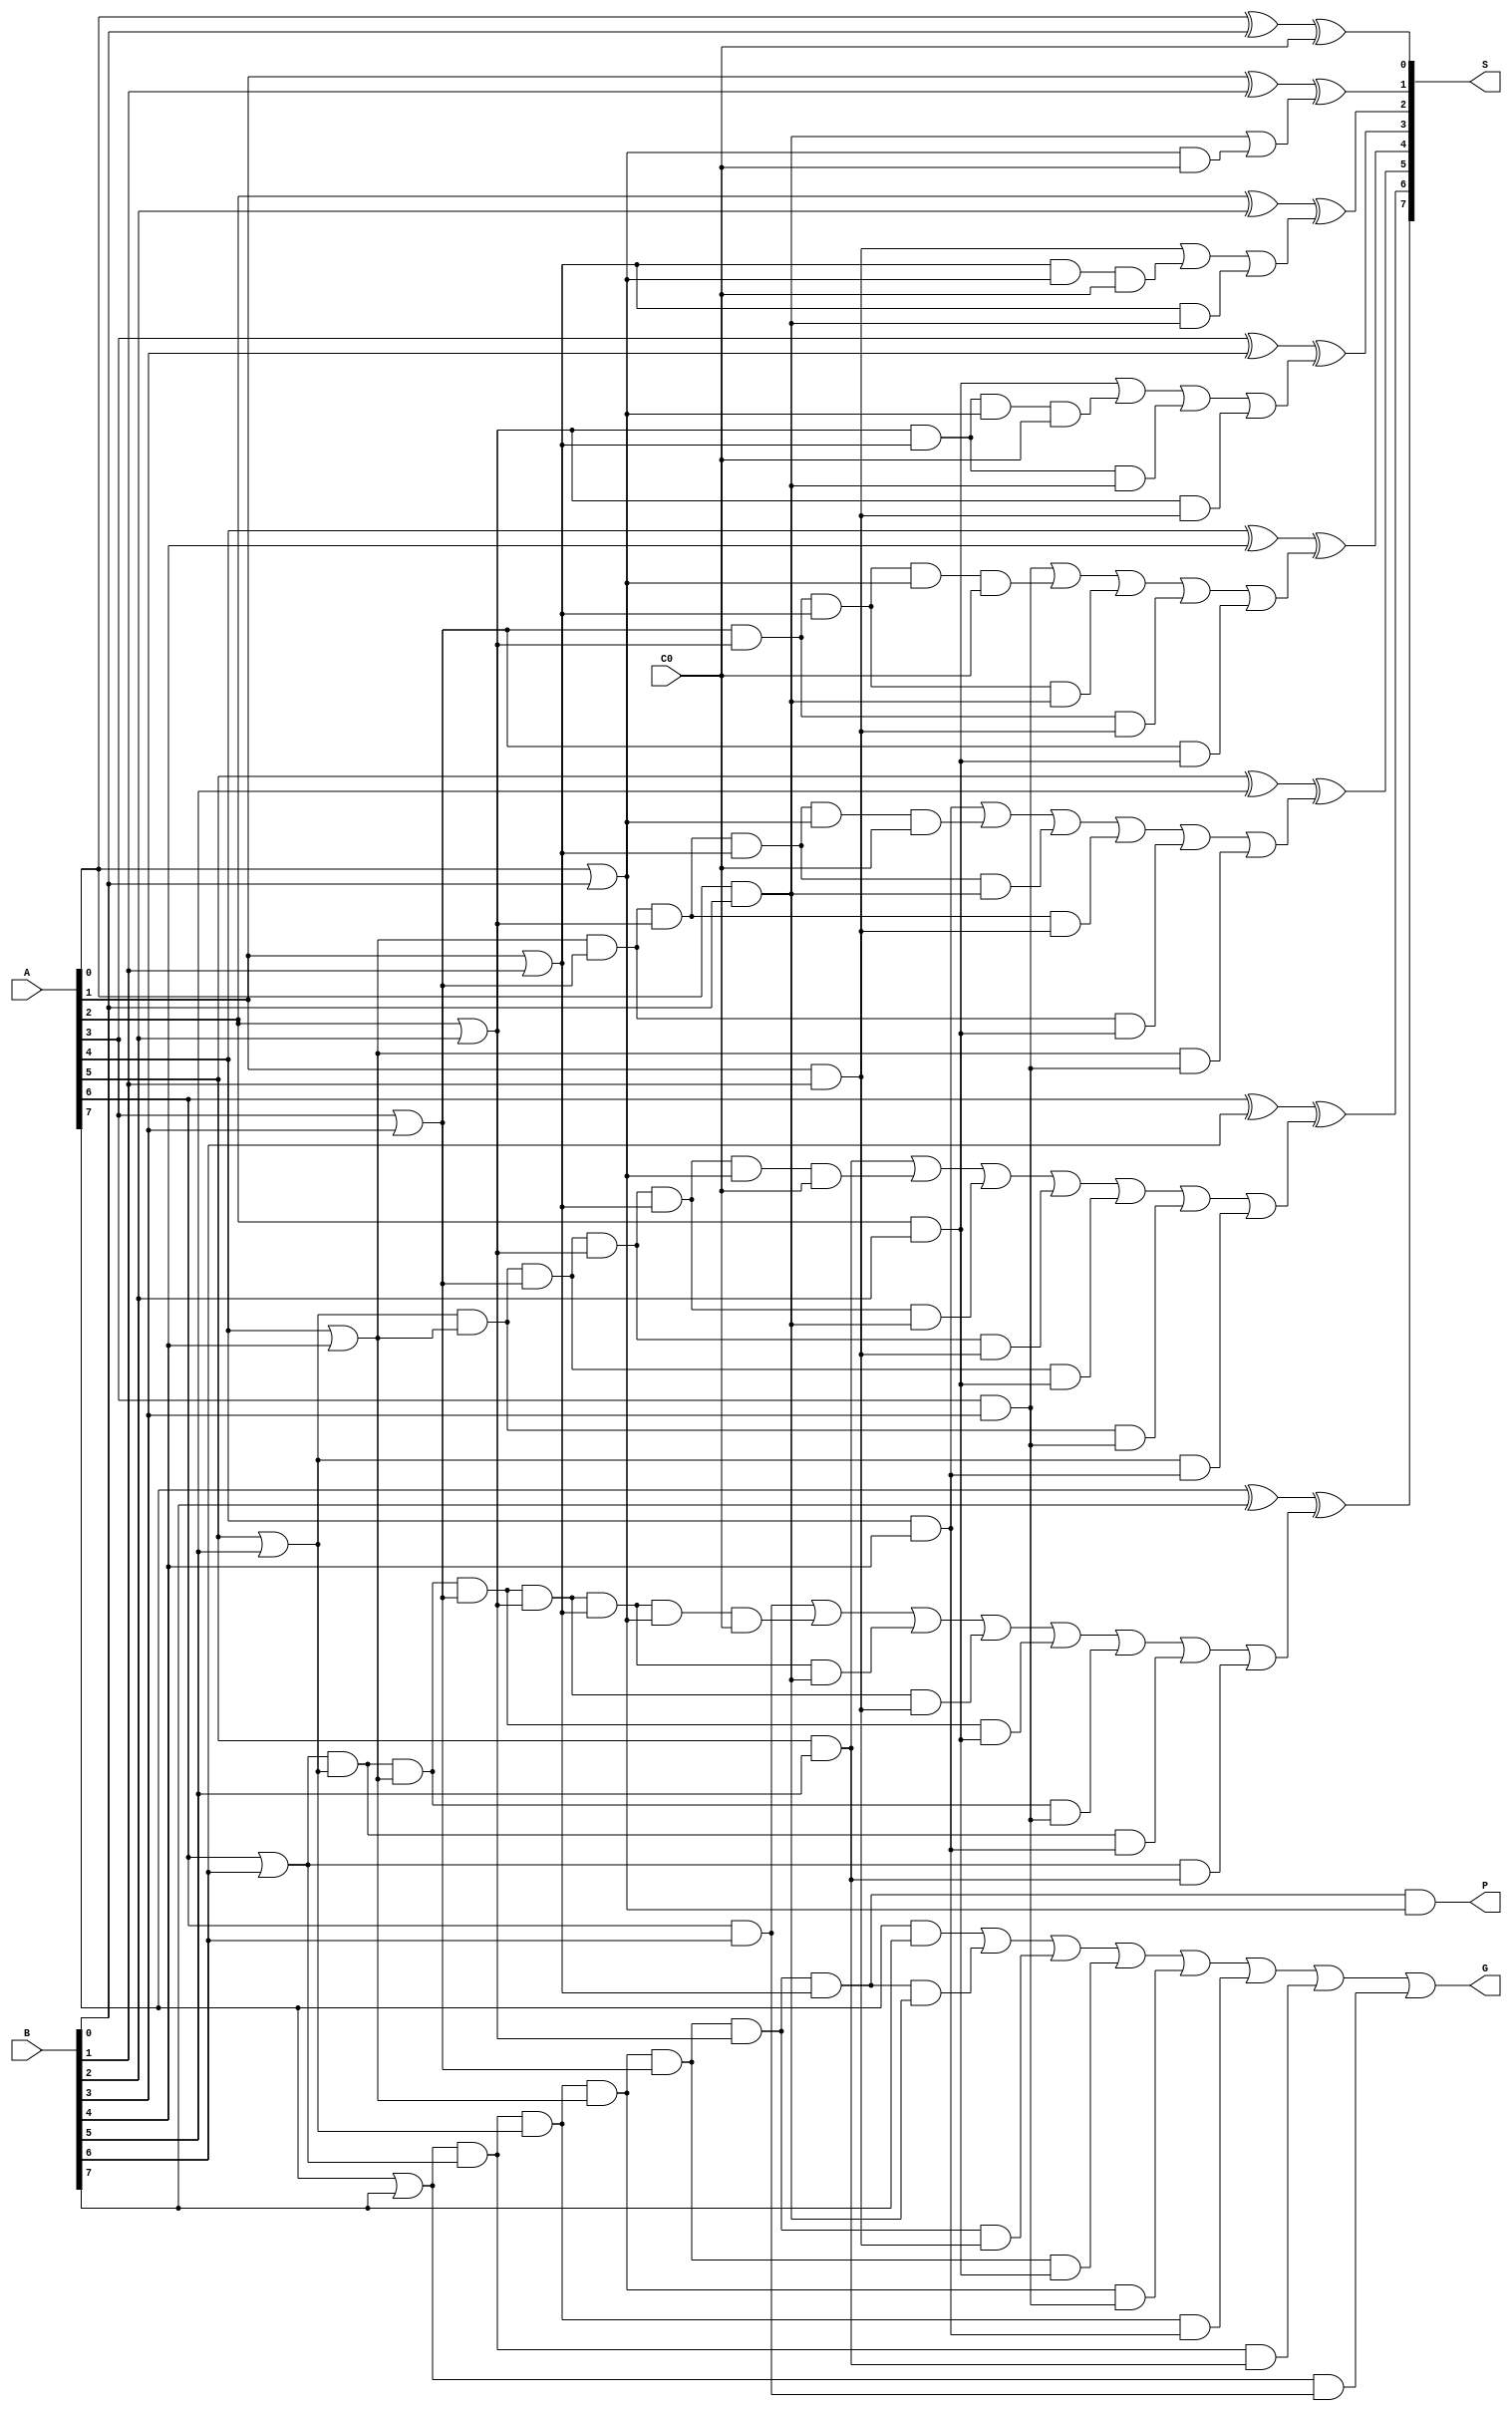
module CLA8(A, B, C0, S, G, P);

    input [7:0] A, B;
    input C0;
    output [7:0] S;
    output G, P;

    wire g0, g1, g2, g3, g4, g5, g6, g7;
    wire p0, p1, p2, p3, p4, p5, p6, p7;
    wire c1, c2, c3, c4, c5, c6, c7;

    and and0(g0, A[0], B[0]);
    and and1(g1, A[1], B[1]);
    and and2(g2, A[2], B[2]);
    and and3(g3, A[3], B[3]);
    and and4(g4, A[4], B[4]);
    and and5(g5, A[5], B[5]);
    and and6(g6, A[6], B[6]);
    and and7(g7, A[7], B[7]);

    or or0(p0, A[0], B[0]);
    or or1(p1, A[1], B[1]);
    or or2(p2, A[2], B[2]);
    or or3(p3, A[3], B[3]);
    or or4(p4, A[4], B[4]);
    or or5(p5, A[5], B[5]);
    or or6(p6, A[6], B[6]);
    or or7(p7, A[7], B[7]);

    wire c1and1;
    and c1_and1(c1and1, p0, C0);
    or end_c1(c1, g0, c1and1);

    wire c2and1, c2and2;
    and c2_and1(c2and1, p1, p0, C0);
    and c2_and2(c2and2, p1, g0);
    or end_c2(c2, g1, c2and1, c2and2);

    wire c3and1, c3and2, c3and3;
    and c3_and1(c3and1, p2, p1, p0, C0);
    and c3_and2(c3and2, p2, p1, g0);
    and c3_and3(c3and3, p2, g1);
    or end_c3(c3, g2, c3and1, c3and2, c3and3);

    wire c4and1, c4and2, c4and3, c4and4;
    and c4_and1(c4and1, p3, p2, p1, p0, C0);
    and c4_and2(c4and2, p3, p2, p1, g0);
    and c4_and3(c4and3, p3, p2, g1);
    and c4_and4(c4and4, p3, g2);
    or end_c4(c4, g3, c4and1, c4and2, c4and3, c4and4);

    wire c5and1, c5and2, c5and3, c5and4, c5and5;
    and c5_and1(c5and1, p4, p3, p2, p1, p0, C0);
    and c5_and2(c5and2, p4, p3, p2, p1, g0);
    and c5_and3(c5and3, p4, p3, p2, g1);
    and c5_and4(c5and4, p4, p3, g2);
    and c5_and5(c5and5, p4, g3);
    or end_c5(c5, g4, c5and1, c5and2, c5and3, c5and4, c5and5);

    wire c6and1, c6and2, c6and3, c6and4, c6and5, c6and6;
    and c6_and1(c6and1, p5, p4, p3, p2, p1, p0, C0);
    and c6_and2(c6and2, p5, p4, p3, p2, p1, g0);
    and c6_and3(c6and3, p5, p4, p3, p2, g1);
    and c6_and4(c6and4, p5, p4, p3, g2);
    and c6_and5(c6and5, p5, p4, g3);
    and c6_and6(c6and6, p5, g4);
    or end_c6(c6, g5, c6and1, c6and2, c6and3, c6and4, c6and5, c6and6);
    
    wire c7and1, c7and2, c7and3, c7and4, c7and5, c7and6, c7and7;
    and c7_and1(c7and1, p6, p5, p4, p3, p2, p1, p0, C0);
    and c7_and2(c7and2, p6, p5, p4, p3, p2, p1, g0);
    and c7_and3(c7and3, p6, p5, p4, p3, p2, g1);
    and c7_and4(c7and4, p6, p5, p4, p3, g2);
    and c7_and5(c7and5, p6, p5, p4, g3);
    and c7_and6(c7and6, p6, p5, g4);
    and c7_and7(c7and7, p6, g5);
    or end_c7(c7, g6, c7and1, c7and2, c7and3, c7and4, c7and5, c7and6, c7and7);

    xor sum0(S[0], A[0], B[0], C0);
    xor sum1(S[1], A[1], B[1], c1);
    xor sum2(S[2], A[2], B[2], c2);
    xor sum3(S[3], A[3], B[3], c3);
    xor sum4(S[4], A[4], B[4], c4);
    xor sum5(S[5], A[5], B[5], c5);
    xor sum6(S[6], A[6], B[6], c6);
    xor sum7(S[7], A[7], B[7], c7);

    wire c8and1, c8and2, c8and3, c8and4, c8and5, c8and6, c8and7, c8and8;
    and getP(P, p7, p6, p5, p4, p3, p2, p1, p0);
    and c8_and2(c8and2, p7, p6, p5, p4, p3, p2, p1, g0);
    and c8_and3(c8and3, p7, p6, p5, p4, p3, p2, g1);
    and c8_and4(c8and4, p7, p6, p5, p4, p3, g2);
    and c8_and5(c8and5, p7, p6, p5, p4, g3);
    and c8_and6(c8and6, p7, p6, p5, g4);
    and c8_and7(c8and7, p7, p6, g5);
    and c8_and8(c8and8, p7, g6);
    or outG(G, g7, c8and2, c8and3, c8and4, c8and5, c8and6, c8and7, c8and8);
    
endmodule